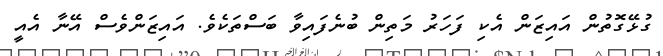
ގުޅޭގޮތުން އައިޒަން އެކި ފަހަރު މަތިން ބުނެފައިވާ ބަސްތަކެވެ. އައިޒަންވެސް އޭނާ އެއީ